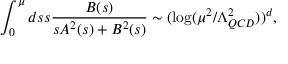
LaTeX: \int _ { 0 } ^ { \mu } d s s \frac { B ( s ) } { s A ^ { 2 } ( s ) + B ^ { 2 } ( s ) } \sim ( \log ( \mu ^ { 2 } / \Lambda _ { Q C D } ^ { 2 } ) ) ^ { d } ,